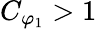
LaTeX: C_{\varphi_{1}}>1